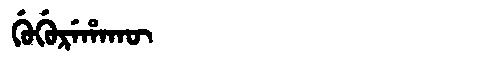
Manchu: ᡤᡠᡤᡠᡵᡝᡥᠠᡴᡡ
Romanization: GUGUREHAKŪ